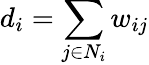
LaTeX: d_{i}=\sum_{j\in N_{i}}w_{ij}